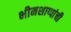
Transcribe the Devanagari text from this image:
भीमशाप्पांची